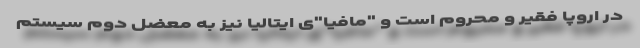
در اروپا فقیر و محروم است و "مافیا"ی ایتالیا نیز به معضل دوم سیستم